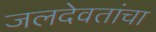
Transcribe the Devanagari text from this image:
जलदेवतांचा